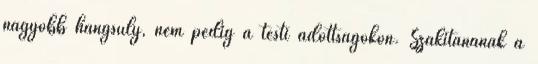
nagyobb hangsúly, nem pedig a testi adottságokon. Szakítanának a